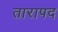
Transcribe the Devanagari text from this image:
तारापद